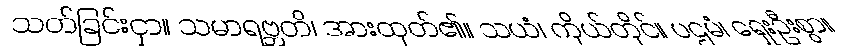
သတ်ခြင်းငှာ။ သမာရဗ္ဘတိ၊ အားထုတ်၏။ သယံ၊ ကိုယ်တိုင်။ ပဌမံ၊ ရှေးဦးစွာ။